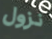
نزول